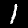
Label: 1